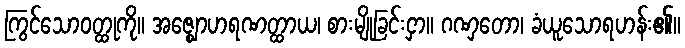
ကြွင်သောဝတ္ထုကို။ အဇ္ဈောဟရဏတ္ထာယ၊ စားမျိုခြင်းငှာ။ ဂဏှတော၊ ခံယူသောရဟန်း၏။